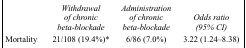
<table><thead><tr><td></td><td><b><i>Withdrawal of chronic beta-blockade</i></b></td><td><b><i>Administration of chronic beta-blockade</i></b></td><td><b><i>Odds ratio (95% CI)</i></b></td></tr></thead><tbody><tr><td>Mortality</td><td>21/108 (19.4%)*</td><td>6/86 (7.0%)</td><td>3.22 (1.24–8.38)</td></tr></tbody></table>